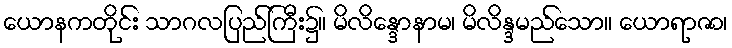
ယောနကတိုင်း သာဂလပြည်ကြီး၌။ မိလိန္ဒောနာမ၊ မိလိန္ဒမည်သော။ ယောရာဇာ၊